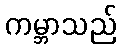
ကမ္ဘာသည်